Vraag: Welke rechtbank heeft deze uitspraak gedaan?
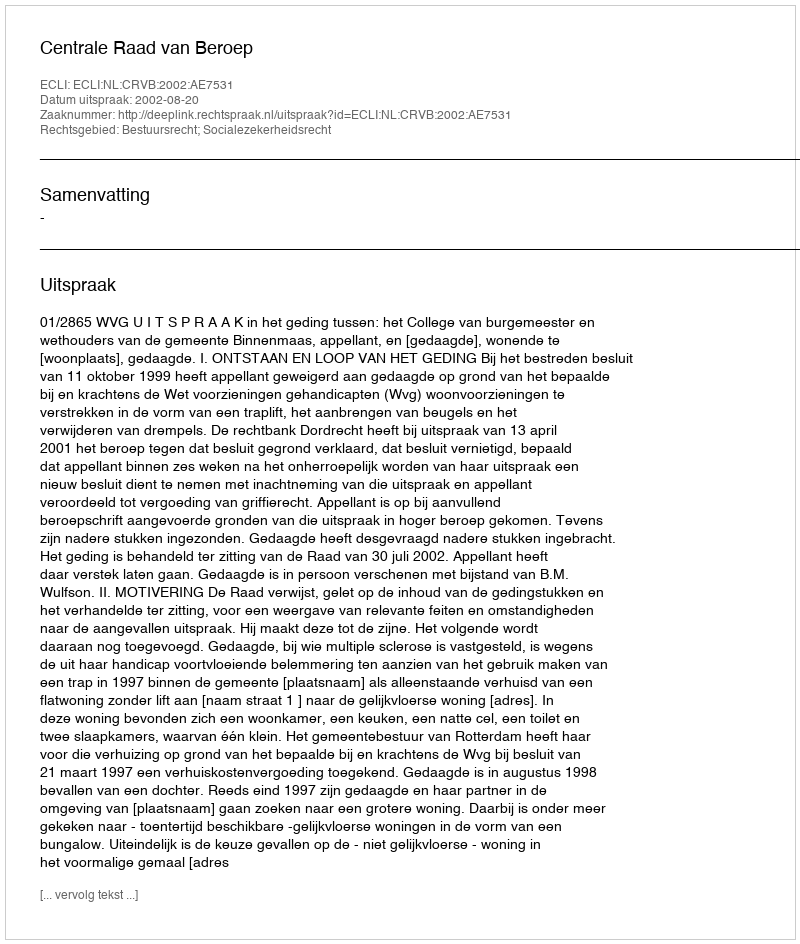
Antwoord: Centrale Raad van Beroep